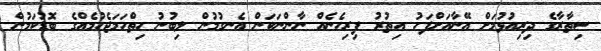
ސިތާރާގެ ދިރިއުޅުމަށް އޭނާއަށްފަހު އިތުރު ފިރިހެނެއް ނާންނަކަން އެނގުމުން ލިބުނު ހިތްހަމަޖެހުމެއްގެ ބޮޑުކަމުން